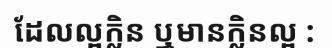
ដែលល្អក្លិន ឬមានក្លិនល្អ :